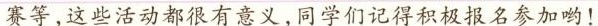
赛等，这些活动都很有意义，同学们记得积极报名参加呦！